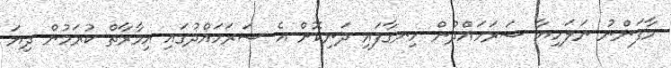
މާފަންނު ނަލަހިޔާ ސަރަހައްދުން ހިނގާފައި ދަނިކޮށް އެ ސަރަހައްދުގައި އިމާރާތް ކުރަމުން ދިޔަ